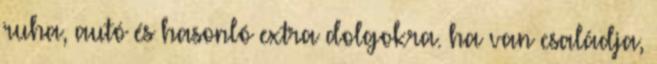
ruha, autó és hasonló extra dolgokra. ha van családja,